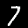
Digit: 7